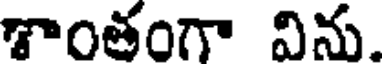
శాంతంగా విను.